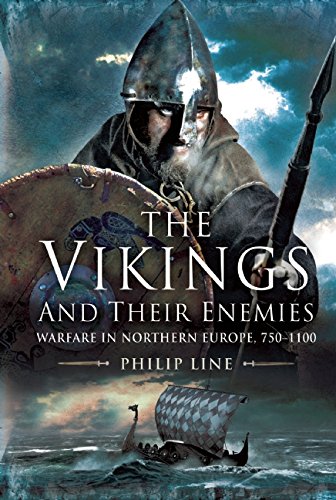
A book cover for The Vikings and Their Enemies: Warfare in Northern Europe, 750EE1100; Philip Line; History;